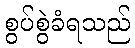
စွပ်စွဲခံရသည်